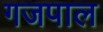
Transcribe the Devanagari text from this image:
गजपाल